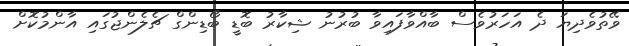
ވޭތުވެދިޔަ ދެ އަހަރުވެސް ބާއްވާފައިވާ ބުރުނު ޝިކާރު ބޮޑީ ބޯޑިންގް ޗެލެންޖުގައި އާންމުކޮށް